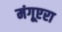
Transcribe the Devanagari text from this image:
मंगूएरा